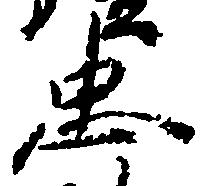
忠